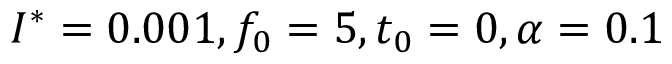
I ^ { * } = 0 . 0 0 1 , f _ { 0 } = 5 , t _ { 0 } = 0 , \alpha = 0 . 1